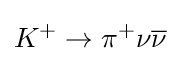
K^{+}\rightarrow \pi ^{+}\nu {\overline {\nu }}